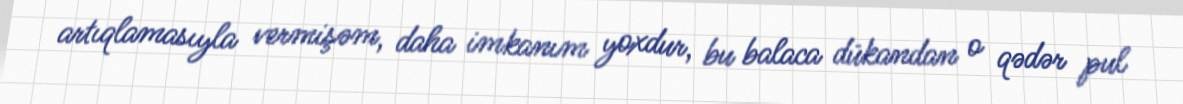
artıqlamasıyla vermişəm, daha imkanım yoxdur, bu balaca dükandan o qədər pul